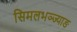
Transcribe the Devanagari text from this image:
सिमलभञ्ज्याङ